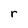
Character: r